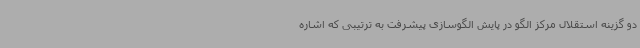
دو گزینه استقلال مرکز الگو در پایش الگوسازی پیشرفت به ترتیبی که اشاره